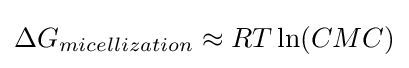
\Delta G_{micellization}\approx RT\ln(CMC)